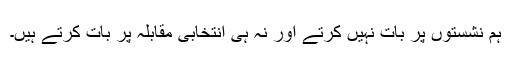
ہم نشستوں پر بات نہیں کرتے اور نہ ہی انتخابی مقابلہ پر بات کرتے ہیں۔